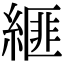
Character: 𦃄